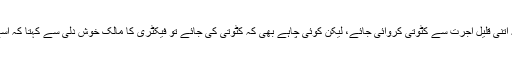
اول تو ممکن ہی نہ ہوتا تھا کہ اتنی قلیل اجرت سے کٹوتی کروائی جائے، لیکن کوئی چاہے بھی کہ کٹوتی کی جائے تو فیکٹری کا مالک خوش دلی سے کہتا کہ اسے وصولی کی جلدی نہیں ہے۔